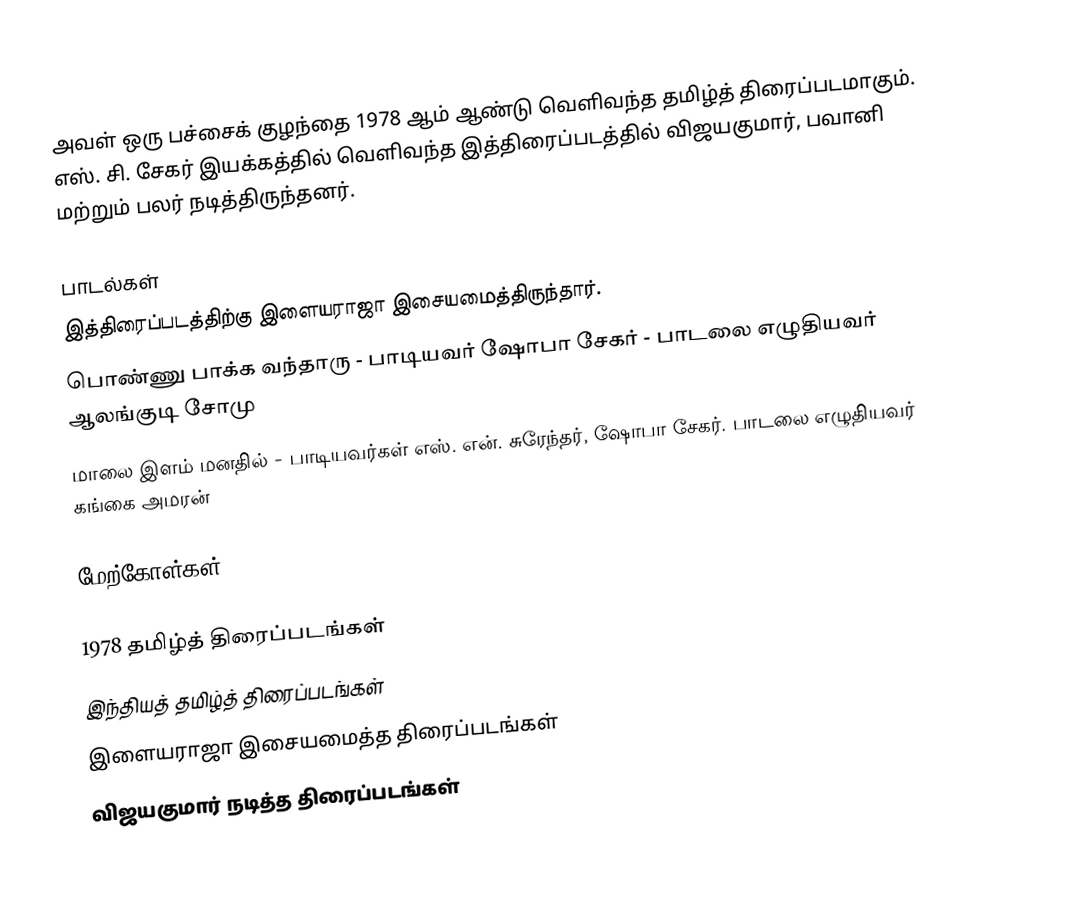
அவள் ஒரு பச்சைக் குழந்தை 1978 ஆம் ஆண்டு வெளிவந்த தமிழ்த் திரைப்படமாகும். எஸ். சி. சேகர் இயக்கத்தில் வெளிவந்த இத்திரைப்படத்தில் விஜயகுமார், பவானி மற்றும் பலர் நடித்திருந்தனர்.

பாடல்கள்
இத்திரைப்படத்திற்கு இளையராஜா இசையமைத்திருந்தார்.
பொண்ணு பாக்க வந்தாரு - பாடியவர் ஷோபா சேகர் - பாடலை எழுதியவர் ஆலங்குடி சோமு
மாலை இளம் மனதில் - பாடியவர்கள் எஸ். என். சுரேந்தர், ஷோபா சேகர். பாடலை எழுதியவர் கங்கை அமரன்

மேற்கோள்கள்

1978 தமிழ்த் திரைப்படங்கள்
இந்தியத் தமிழ்த் திரைப்படங்கள்
இளையராஜா இசையமைத்த திரைப்படங்கள்
விஜயகுமார் நடித்த திரைப்படங்கள்